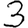
Digit: 3